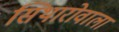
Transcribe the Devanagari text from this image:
सिथारोवाला